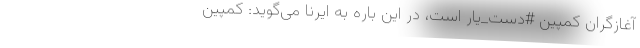
آغازگران کمپین #دست_یار است، در این باره به ایرنا می‌گوید: کمپین